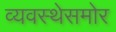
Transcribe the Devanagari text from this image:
व्यवस्थेसमोर